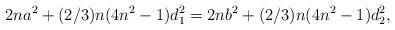
LaTeX: \begin{align*}2na^2+(2/3)n(4n^2-1)d_1^2 = 2nb^2+(2/3)n(4n^2-1)d_2^2, \\\end{align*}